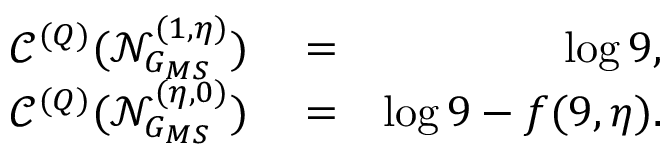
\begin{array} { r l r } { \mathcal { C } ^ { ( Q ) } ( \mathcal { N } _ { G _ { M S } } ^ { ( 1 , \eta ) } ) } & { { } = } & { \log 9 , } \\ { \mathcal { C } ^ { ( Q ) } ( \mathcal { N } _ { G _ { M S } } ^ { ( \eta , 0 ) } ) } & { { } = } & { \log 9 - f ( 9 , \eta ) . } \end{array}